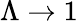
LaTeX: \Lambda\to 1